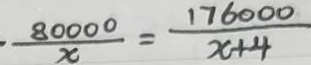
\frac { 8 0 0 0 0 } { x } = \frac { 1 7 6 0 0 0 } { x + 4 }